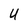
Character: U